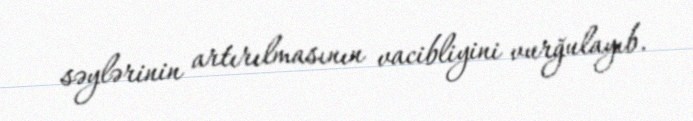
səylərinin artırılmasının vacibliyini vurğulayıb.